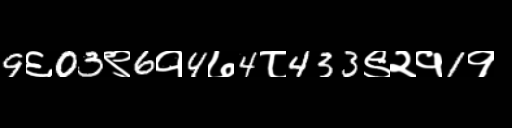
Text: 9६03९6१4७4८433९२१1१